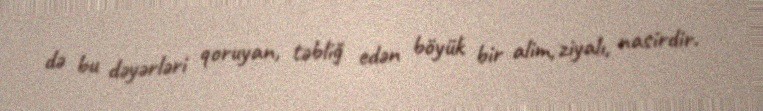
də bu dəyərləri qoruyan, təbliğ edən böyük bir alim, ziyalı, nasirdir.